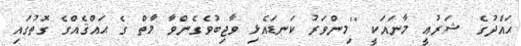
ޙައްދުގެ ޝަރުޢީ މާނައަކީ ''މިންވަރު ކަނޑައެޅި ވާޖިބުވެގެންވާ މާތް ގެ ޙައްޤެއްގެ ގޮތުގައި